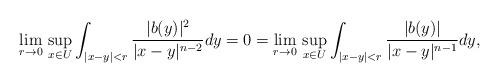
LaTeX: \begin{align*}\lim_{r\to 0}\,\sup_{x\in U}\int_{|x-y|<r}\frac{|b(y)|^2}{|x-y|^{n-2}}dy=0=\lim_{r\to 0}\,\sup_{x\in U}\int_{|x-y|<r}\frac{|b(y)|}{|x-y|^{n-1}}dy,\end{align*}